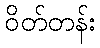
ဝိတ်တန်း